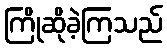
ကြိုဆိုခဲ့ကြသည်